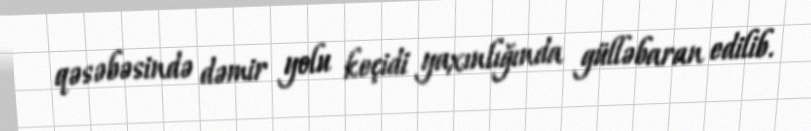
qəsəbəsində dəmir yolu keçidi yaxınlığında gülləbaran edilib.